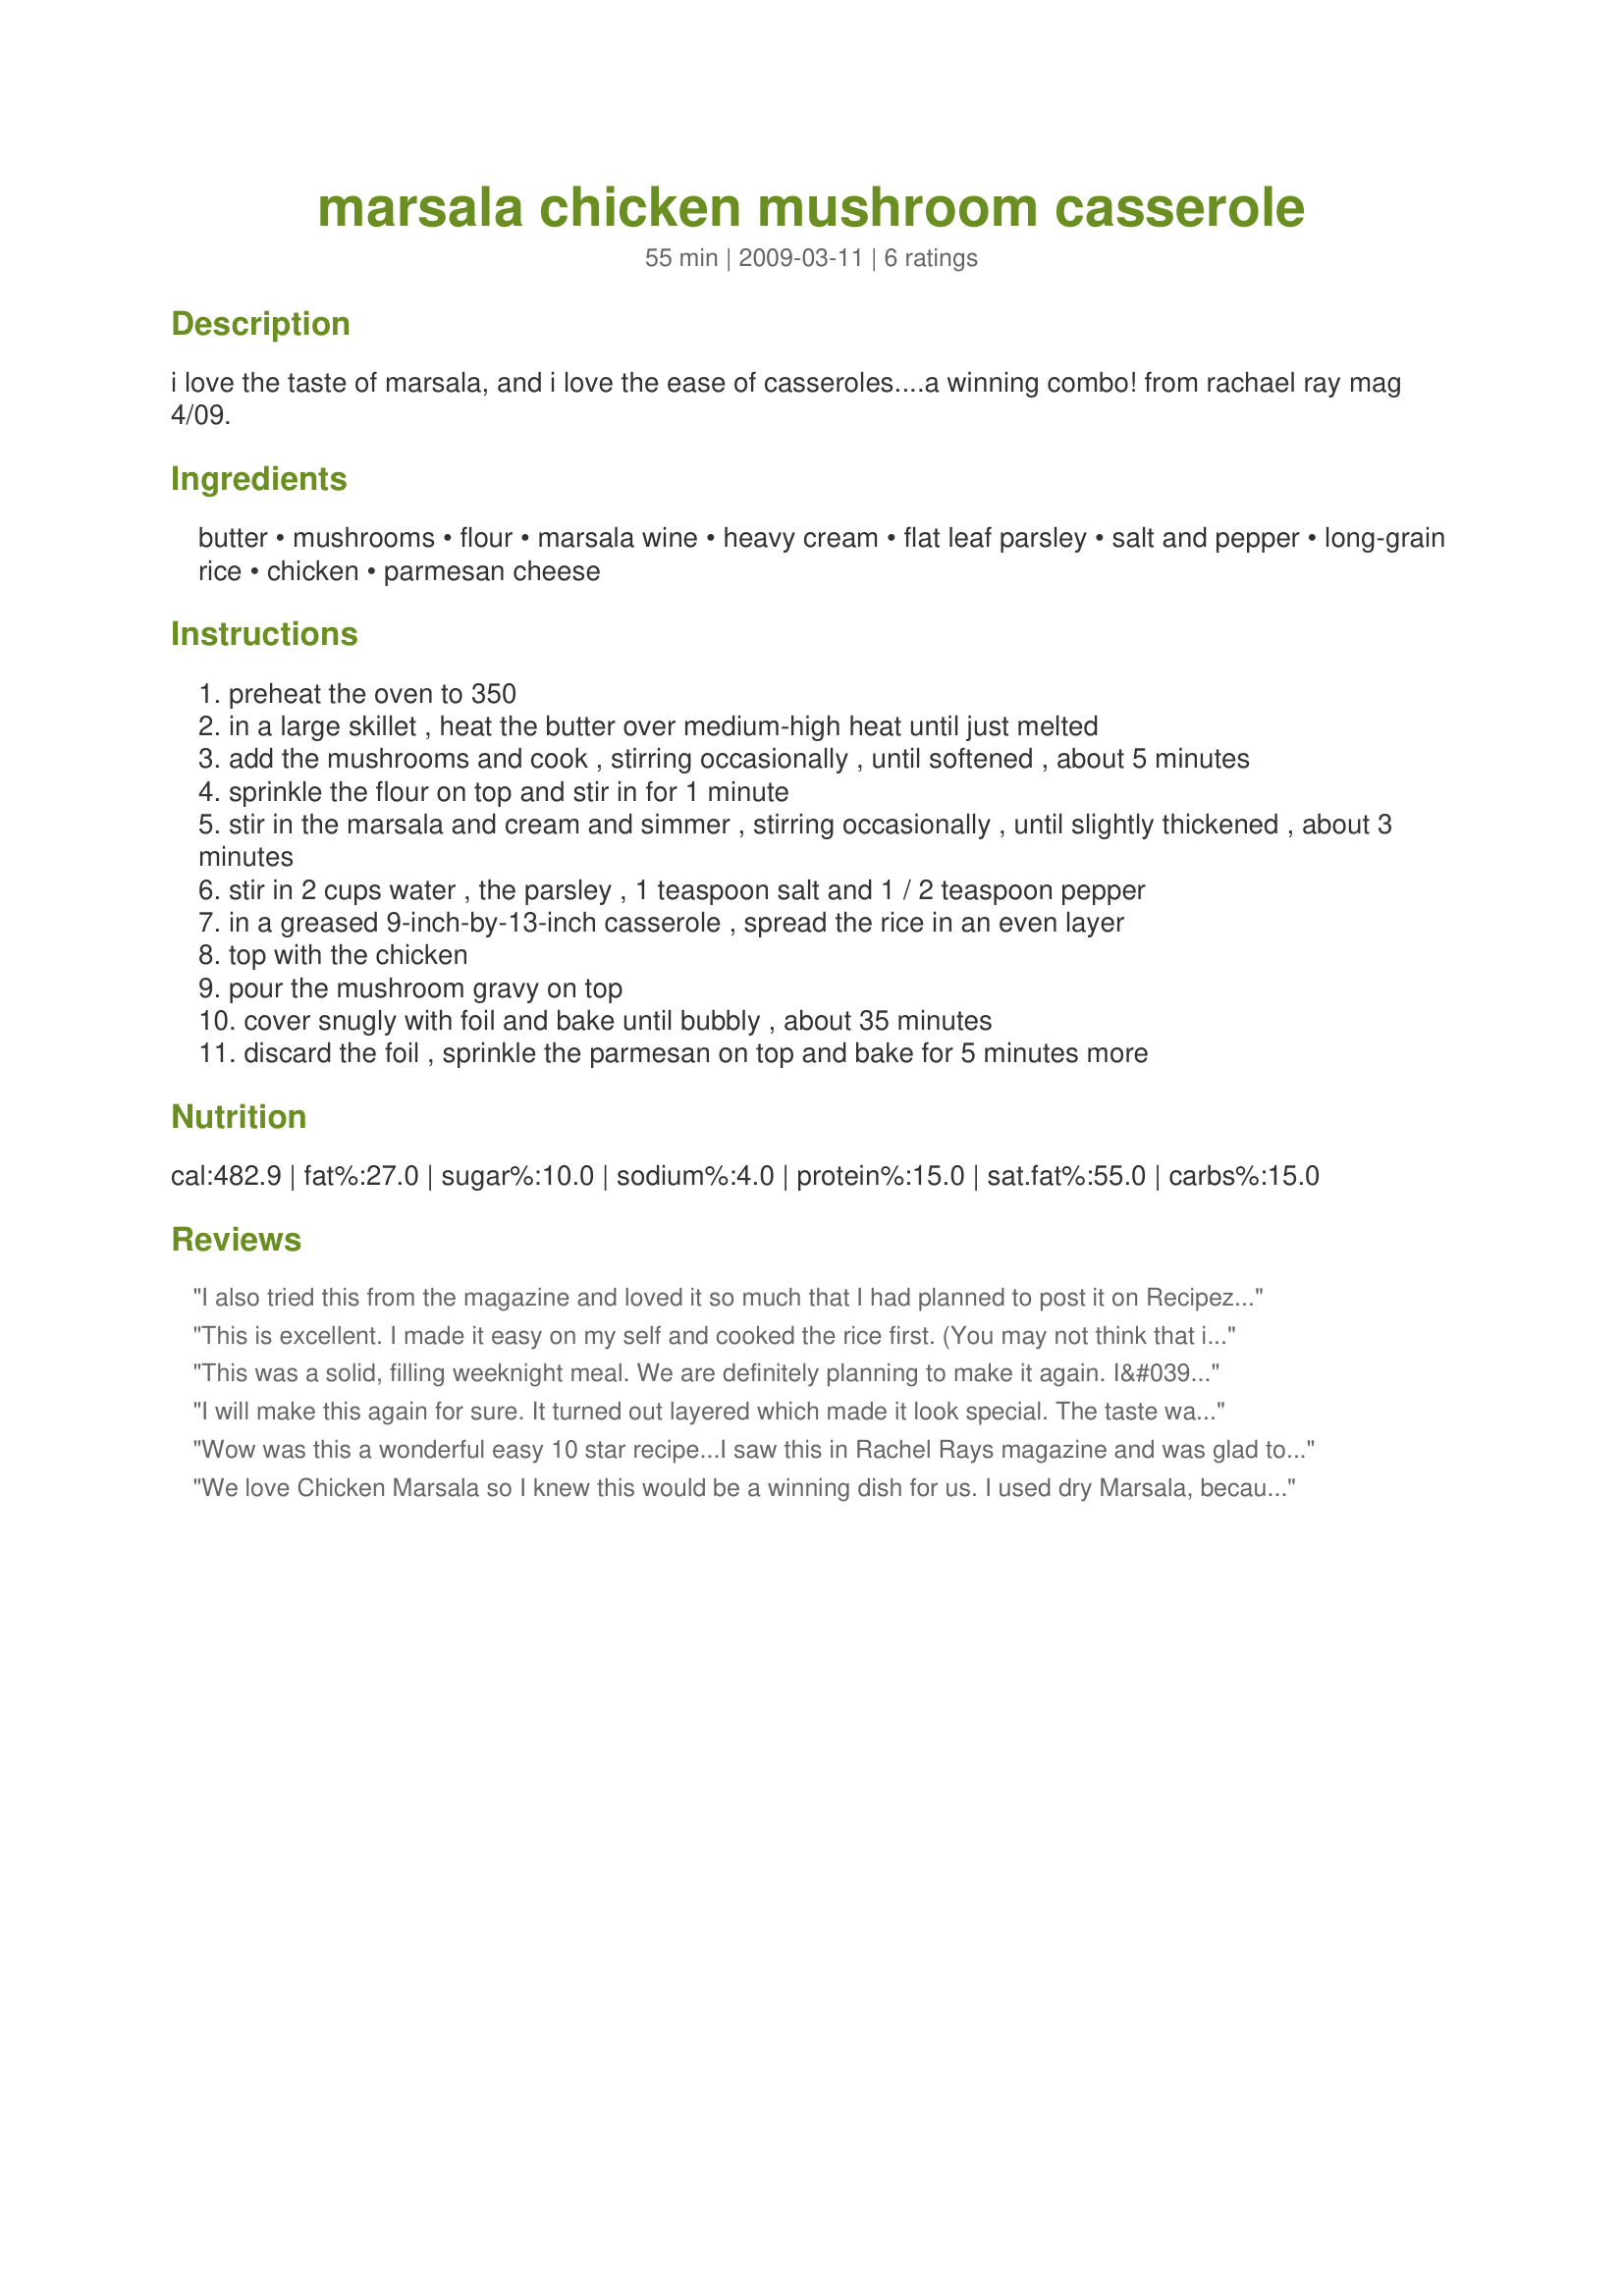
marsala chicken mushroom casserole
Preparation time: 55 minutes

i love the taste of marsala, and i love the ease of casseroles....a winning combo! from rachael ray mag 4/09.

Ingredients:
butter, mushrooms, flour, marsala wine, heavy cream, flat leaf parsley, salt and pepper, long-grain rice, chicken, parmesan cheese

Steps:
preheat the oven to 350
in a large skillet , heat the butter over medium-high heat until just melted
add the mushrooms and cook , stirring occasionally , until softened , about 5 minutes
sprinkle the flour on top and stir in for 1 minute
stir in the marsala and cream and simmer , stirring occasionally , until slightly thickened , about 3 minutes
stir in 2 cups water , the parsley , 1 teaspoon salt and 1 / 2 teaspoon pepper
in a greased 9-inch-by-13-inch casserole , spread the rice in an even layer
top with the chicken
pour the mushroom gravy on top
cover snugly with foil and bake until bubbly , about 35 minutes
discard the foil , sprinkle the parmesan on top and bake for 5 minutes more

Reviews:
I also tried this from the magazine and loved it so much that I had planned to post it on Recipezaar. I added a bit of fresh rosemary. The smell of the marsala and rosemary was fantastic. I'm planning on replacing the rice with cooked egg noodles while reducing the water and oven time. I think the creamy sauce with the velvety egg noodles would be nice.
This is excellent. I made it easy on my self and cooked the rice first. (You may not think that is the easy way, but I wanted to make sure the rice cooked properly.) I then made the chicken and mushrooms (onion also) and sauce with one can of broth and the marsala and cream. Poured it over the top, sprinkled parm cheese. Will definitely make again.
This was a solid, filling weeknight meal. We are definitely planning to make it again. I&#039;d call it very good, not excellent hence the four stars.&lt;br/&gt;&lt;br/&gt;I did make a few modifications based on reviews I had seen here or there:&lt;br/&gt;&lt;br/&gt;- I cooked the chicken in some olive oil in the same skillet and set it aside before adding the butter and mushrooms&lt;br/&gt;- Added 1/2 an onion and a few cloves of garlic to the mushrooms&lt;br/&gt;- Used chicken broth instead of water&lt;br/&gt;- Used 1 cup each of wine and cream&lt;br/&gt;- I used milk instead of cream to save some cals and it didn&#039;t seem to make a difference&lt;br/&gt;- Added a few rosemary twigs from the garden and took them out before adding parmesan&lt;br/&gt;- Be very liberal with your parmesan use&lt;br/&gt;&lt;br/&gt;Note: I was confused by the directions as to whether you needed to cook the rice in advance. You do not. The water/broth flows to the bottom and the rice is cooked in that.&lt;br/&gt;&lt;br/&gt;I love recipes that use rotisserie chicken because I keep the bones to make stock.&lt;br/&gt;&lt;br/&gt;Will definitely be put in the dinner rotation!
I will make this again for sure. It turned out layered which made it look special. The taste was great. The only change I made was to use 2 cups of chicken broth instead of 2 cups of water. 
Thank you
Wow was this a wonderful easy 10 star recipe...I saw this in Rachel Rays magazine and was glad to find the recipe on Recipezaar....I had to triple the recipe but it turned out perfect, and the smell was wonderful...this is a must try. But use a very good dry marsala...
We love Chicken Marsala so I knew this would be a winning dish for us. I used dry Marsala, because I read somewhere that the dry makes the sauce less sweet than the sweet Marsala. The blend of flavors was just perfect for us and we dug in and pigged out! A do again recipe for us!
